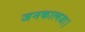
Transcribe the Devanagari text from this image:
जनकात्मजा।